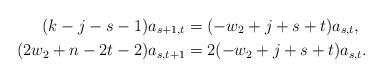
LaTeX: \begin{align*} (k-j-s-1)a_{s+1,t} & = (-w_2+j+s+t)a_{s,t} , \\ (2w_2 + n - 2t - 2)a_{s,t+1} & = 2(-w_2+j+s+t)a_{s,t} . \end{align*}